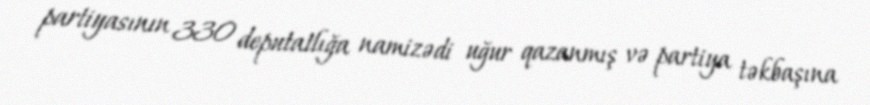
partiyasının 330 deputatlığa namizədi uğur qazanmış və partiya təkbaşına